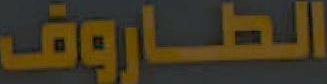
الطاروف